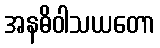
အနဓိဝါသယတော